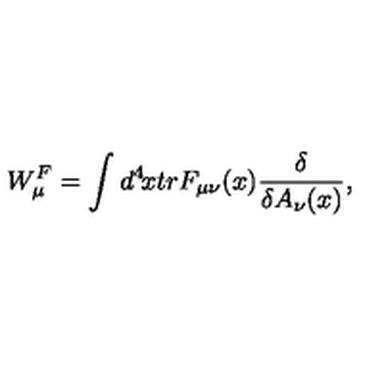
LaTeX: W _ { \mu } ^ { F } = \int d ^ { 4 } \! x t r F _ { \mu \nu } ( x ) { \frac { \delta } { \delta A _ { \nu } ( x ) } } ,